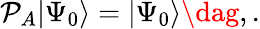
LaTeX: \mathcal{P}_{A}\vert\Psi_{0}\rangle=\vert\Psi_{0}\rangle\dag,.